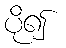
ပို၍